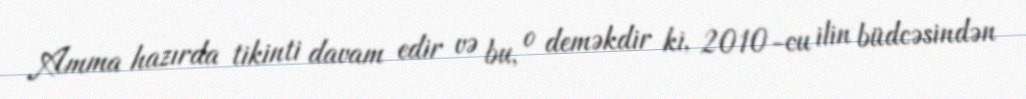
Amma hazırda tikinti davam edir və bu, o deməkdir ki, 2010-cu ilin büdcəsindən